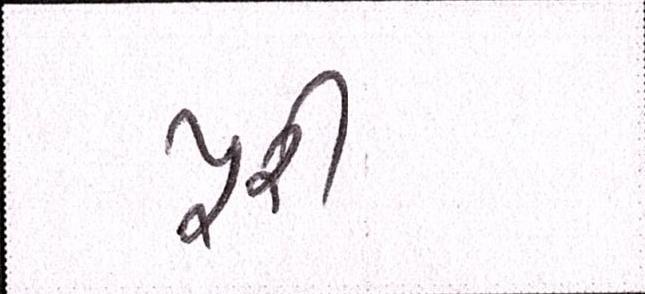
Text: પૂરી